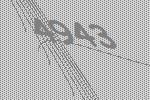
4943